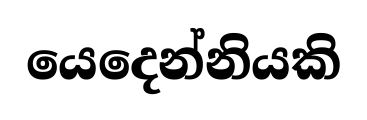
යෙදෙන්නියකි